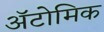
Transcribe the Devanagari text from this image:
ॲटोमिक